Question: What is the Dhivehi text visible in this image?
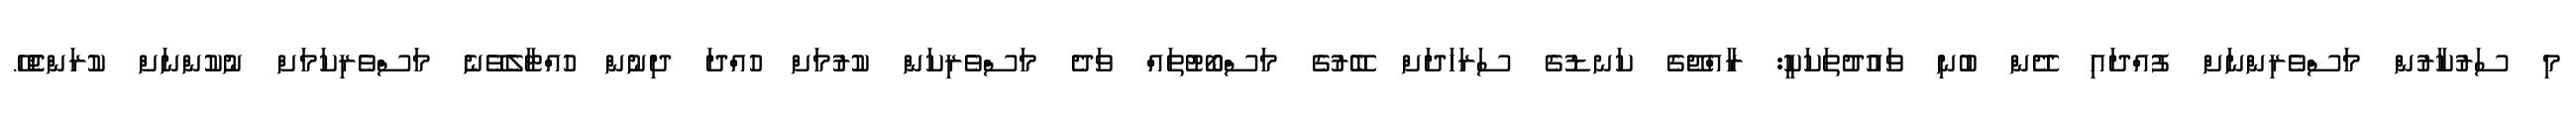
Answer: މި ސަރުކާރުން މަސްވެރިންނަށް ފުއްދައި ދޭން ބުނި ވައުދުތަކަކީ: ރާއްޖޭގެ ކަނޑުގެ ސަރަހަދަށް ބޭރުގެ މަސްބޯޓުތައް ވަދެ މަސްވެރިކަން ކުރުމަށް ހުއްދަ ދިނުން ހުއްޓާލެވޭނެ މަސްވެރިކަމަށް ނުކުންނަށް ކުރަންޖެހޭ.